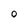
Character: 0